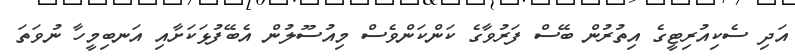
އަދި ސެކިއުރިޓީގެ އިތުރުން ބޭސް ފަރުވާގެ ކަންކަންވެސް މިއުސޫލުން އެބޭފުޅަކަށާއި އަނބިމީހާ ނުވަަތަ